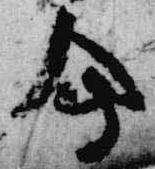
会